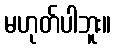
မဟုတ်ပါဘူး။